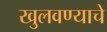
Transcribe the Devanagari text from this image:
खुलवण्याचे